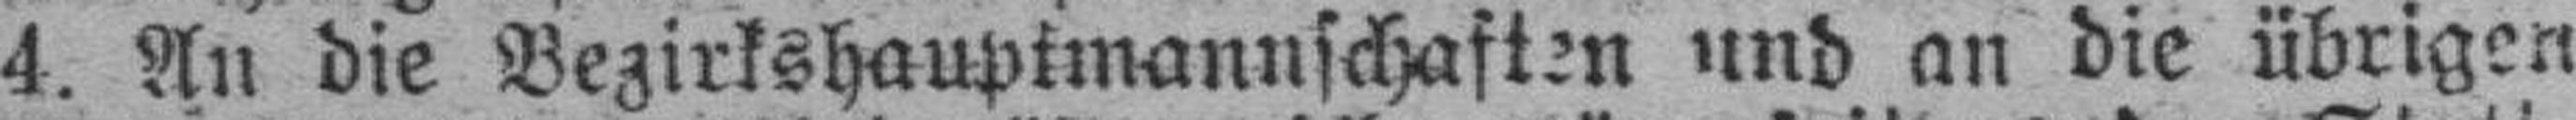
4. An die Bezirkshauptmannschaften und an die übrigen